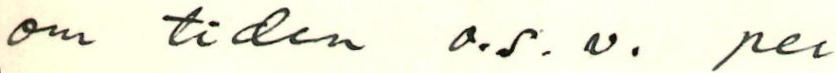
om tiden o.s.v. per